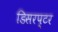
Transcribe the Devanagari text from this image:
डिसरप्टर